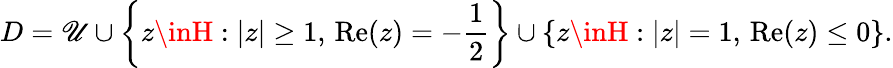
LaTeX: D=\mathscr{U}\cup\left\{ z\inH:\left|z\right|\geq1,\, {\mathrm{{Re}}}(z)=-{\frac{{1}}{{2}}}\right\} \cup\left\{ z\inH:\left|z\right|=1,\, {\mathrm{{Re}}}(z)\leq0\right\} .